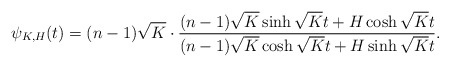
\begin{align*}\psi_{K,H}(t)=(n-1)\sqrt K\cdot\frac{(n-1)\sqrt K\sinh\sqrt Kt+H\cosh\sqrt Kt}{(n-1)\sqrt K\cosh\sqrt Kt+H\sinh\sqrt Kt}.\end{align*}